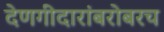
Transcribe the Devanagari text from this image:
देणगीदारांबरोबरच